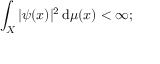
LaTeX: \int _ { X } | \psi ( x ) | ^ { 2 } \, \mathrm { d } \mu ( x ) < \infty ;